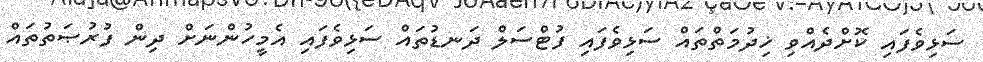
ސަޅިވެފައި ކޮށްދެއްވި ޚިދުމަތްތައް ސަޅިވެފައި ފުޓްސަލް ދަނޑުތައް ސަޅިވެފައި އެމީހުންނަށް ދިން ފުރުޞަތުތައް